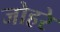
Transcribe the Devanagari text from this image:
जोहरे